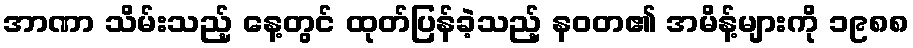
အာဏာ သိမ်းသည့် နေ့တွင် ထုတ်ပြန်ခဲ့သည့် နဝတ၏ အမိန့်များကို ၁၉၈၈